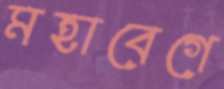
মহাবেগে